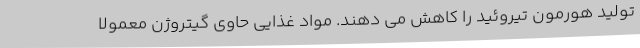
تولید هورمون تیروئید را کاهش می دهند. مواد غذایی حاوی گیتروژن معمولا